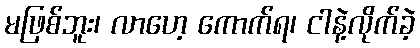
မဖြစ်ဘူး၊ လာဟေ့ ကောက်ရ၊ ငါနဲ့လိုက်ခဲ့